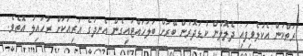
ރަތްކަން އެކުލެވިފައި ދެލޮލުން ކުޑަދޮރުން ބޭރަށް ބަލަހައްޓައިގެން އެނދުގެ އަރިއަކަށް ރުހައިލު އޮތެވެ.